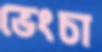
ভেংচা